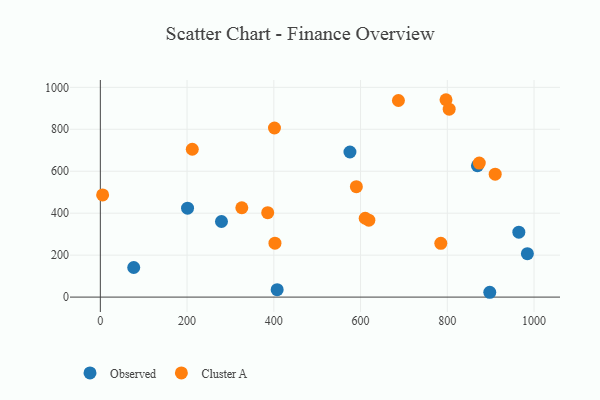
{"axis": {"x": "Investment", "y": "Profit"}, "legend": ["Cluster A", "Observed"], "data": [{"x": "279.3", "y": 360.4, "type": "Observed"}, {"x": "897.9", "y": 23.0, "type": "Observed"}, {"x": "964.9", "y": 309.3, "type": "Observed"}, {"x": "575.5", "y": 691.7, "type": "Observed"}, {"x": "201.1", "y": 423.7, "type": "Observed"}, {"x": "869.5", "y": 626.2, "type": "Observed"}, {"x": "77.0", "y": 141.2, "type": "Observed"}, {"x": "407.7", "y": 35.3, "type": "Observed"}, {"x": "984.6", "y": 207.2, "type": "Observed"}, {"x": "910.4", "y": 586.1, "type": "Cluster A"}, {"x": "590.3", "y": 526.2, "type": "Cluster A"}, {"x": "797.0", "y": 940.9, "type": "Cluster A"}, {"x": "5.3", "y": 487.0, "type": "Cluster A"}, {"x": "385.9", "y": 402.4, "type": "Cluster A"}, {"x": "619.1", "y": 366.6, "type": "Cluster A"}, {"x": "401.5", "y": 806.2, "type": "Cluster A"}, {"x": "402.6", "y": 256.9, "type": "Cluster A"}, {"x": "785.0", "y": 256.3, "type": "Cluster A"}, {"x": "212.0", "y": 704.8, "type": "Cluster A"}, {"x": "326.2", "y": 426.0, "type": "Cluster A"}, {"x": "687.3", "y": 937.1, "type": "Cluster A"}, {"x": "610.7", "y": 376.0, "type": "Cluster A"}, {"x": "804.3", "y": 895.9, "type": "Cluster A"}, {"x": "873.7", "y": 639.1, "type": "Cluster A"}]}